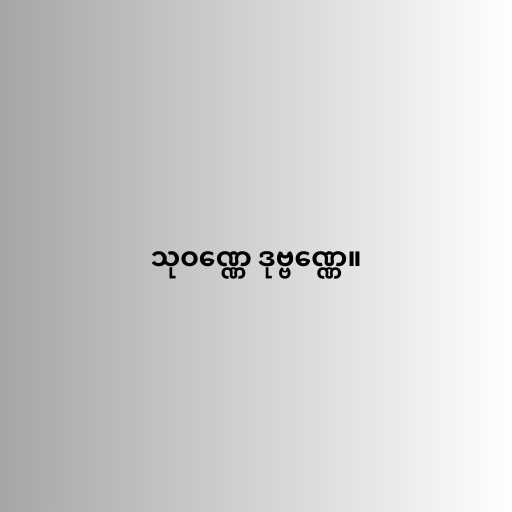
သုဝဏ္ဏေ ဒုဗ္ဗဏ္ဏေ။